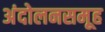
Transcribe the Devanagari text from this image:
अंदोलनसमूह